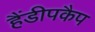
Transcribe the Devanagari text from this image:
हैंडीपकैप